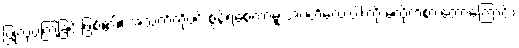
ပြုလုပ်ကြခြင်းဖြစ်၏။ အသက်ကိုပင် စွန့်ရစေကာမူ အဂတိလေးပါးကို မလိုက်စားတော့ကြောင်း၊